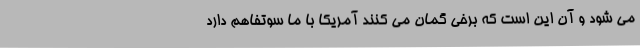
می شود و آن این است که برخی گمان می کنند آمریکا با ما سوتفاهم دارد